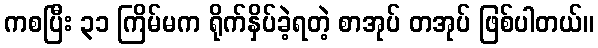
ကစပြီး ၃၁ ကြိမ်မက ရိုက်နှိပ်ခဲ့ရတဲ့ စာအုပ် တအုပ် ဖြစ်ပါတယ်။